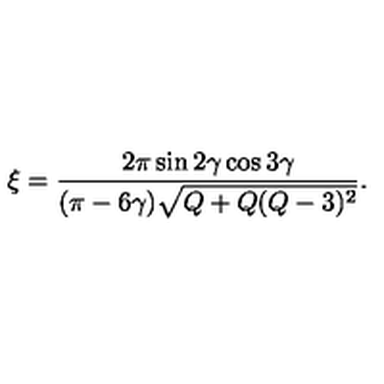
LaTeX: \xi = \frac { 2 \pi \sin 2 \gamma \cos 3 \gamma } { ( \pi - 6 \gamma ) \sqrt { Q + Q ( Q - 3 ) ^ { 2 } } } .